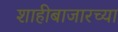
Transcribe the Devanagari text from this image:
शाहीबाजारच्या